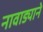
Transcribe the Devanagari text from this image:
नावाड्याने